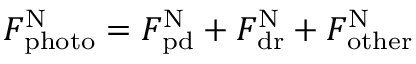
F _ { \mathrm { p h o t o } } ^ { \mathrm { N } } = F _ { \mathrm { p d } } ^ { \mathrm { N } } + F _ { \mathrm { d r } } ^ { \mathrm { N } } + F _ { \mathrm { o t h e r } } ^ { \mathrm { N } }